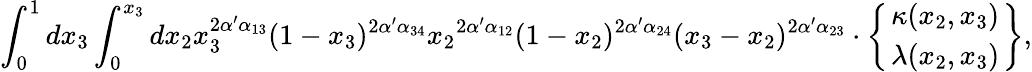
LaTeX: \int_{0}^{1}dx_{3}\int_{0}^{x_{3}}dx_{2}x_{3}^{2\alpha^{\prime}\alpha_{13}}(1-x_{3})^{2\alpha^{\prime}\alpha_{34}}{x_{2}}^{2\alpha^{\prime}\alpha_{12}}(1-x_{2})^{2\alpha^{\prime}\alpha_{24}}(x_{3}-x_{2})^{2\alpha^{\prime}\alpha_{23}}\cdot\left\{ {\kappa(x_{2},x_{3})\atop\lambda(x_{2},x_{3})}\right\} ,